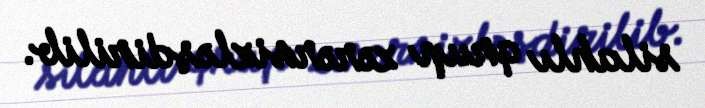
silahlı qrup zərərsizləşdirilib.